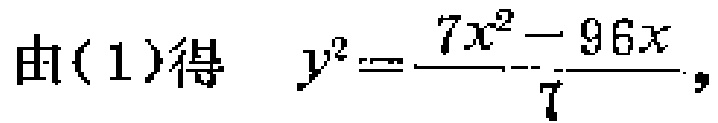
由(1)得 \(y^{2}=\frac{7x^{2}-96x}{7}\)，